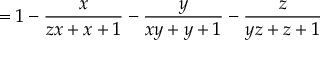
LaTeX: = 1 - { \frac { x } { z x + x + 1 } } - { \frac { y } { x y + y + 1 } } - { \frac { z } { y z + z + 1 } }